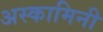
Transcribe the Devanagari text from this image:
अस्कामिनी